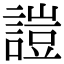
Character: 𧪚